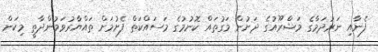
ފެނާއި ނަރުދަމާގެ މަޝްރޫއުގެ ދަށުން މަގުތައް ކޮނުމުގެ މަސައްކަތް ފެށުމަށް ތައްޔާރުވަމުންދާތީ މިކަން